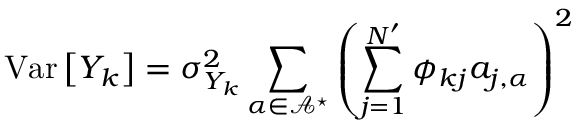
\operatorname { V a r } \left[ Y _ { k } \right] = \sigma _ { Y _ { k } } ^ { 2 } \sum _ { \boldsymbol { \alpha } \in \mathcal { A } ^ { \star } } \left( \sum _ { j = 1 } ^ { N ^ { \prime } } \phi _ { k j } a _ { j , \boldsymbol { \alpha } } \right) ^ { 2 }